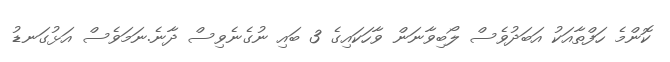
ކޮންމެ ހަފްތާއަކު އަބަދުވެސް ލޯބިވާނަން ވާހަކައިގެ 3 ބައި ނުގެނެވިސް ދާނެ.ނަމަވެސް އަޅުގަނޑު